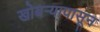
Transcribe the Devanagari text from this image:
खोबर्‍यापासून